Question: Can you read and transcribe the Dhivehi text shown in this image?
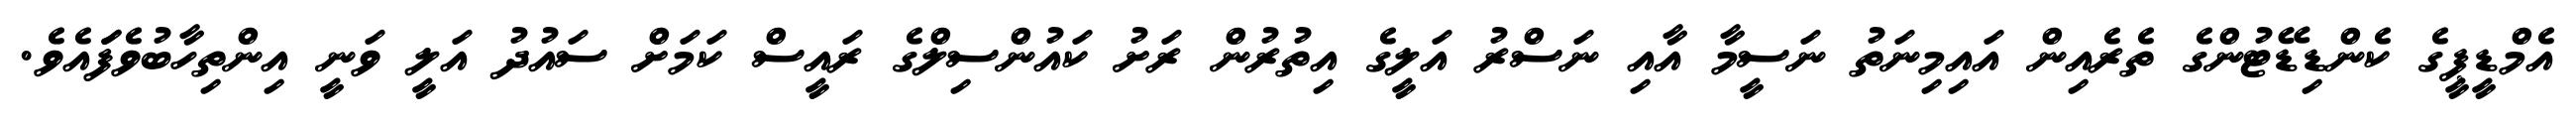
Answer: އެމްޑީޕީގެ ކެންޑިޑޭޓުންގެ ތެރެއިން އައިމިނަތު ނަސީމާ އާއި ނަސްރު އަލީގެ އިތުރުން ރަށު ކައުންސިލްގެ ރައީސް ކަމަށް ސައުދު އަލީ ވަނީ އިންތިހާބުވެފަައެވެ.